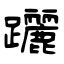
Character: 躧